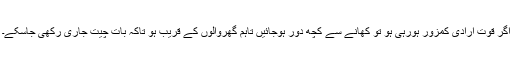
اگر قوت ارادی کمزور ہورہی ہو تو کھانے سے کچھ دور ہوجائیں تاہم گھروالوں کے قریب ہو تاکہ بات چیت جاری رکھی جاسکے۔